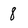
Character: 8